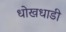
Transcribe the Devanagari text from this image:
धोखधाडी